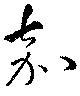
嘉